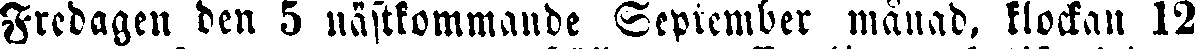
Fredagen den 5 nästkommande September månad, klockan 12